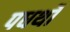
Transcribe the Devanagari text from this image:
पधर्थों